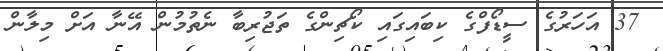
37 އަހަރުގެ ސީޑޯފްގެ ކިބައިގައި ކޯޗިންގެ ތަޖުރިބާ ނެތުމުން އޭނާ އަށް މިލާން